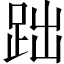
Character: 𧿺